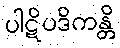
ပါဋိပဒိကန္တိ